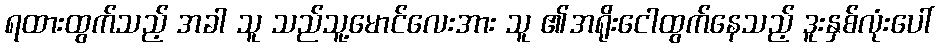
ရထားထွက်သည့် အခါ သူ သည်သူ့မောင်လေးအား သူ ၏အရိုးငေါထွက်နေသည့် ဒူးနှစ်လုံးပေါ်